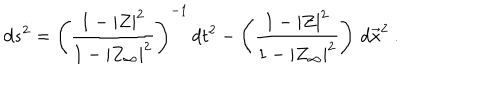
d s ^ { 2 } = \left( { \frac { 1 - | Z | ^ { 2 } } { 1 - | Z _ { \infty } | ^ { 2 } } } \right) ^ { - 1 } \, d t ^ { 2 } - \left( { \frac { 1 - | Z | ^ { 2 } } { 1 - | Z _ { \infty } | ^ { 2 } } } \right) \, d \vec { x } ^ { 2 } \ .